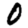
Digit: 0